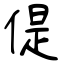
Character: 偍